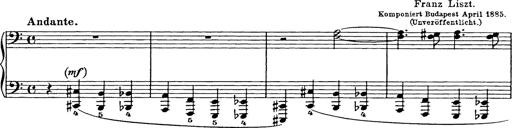
Title: Trauervorspiel und Trauermarsch
Composer: Franz Liszt